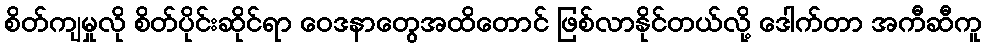
စိတ်ကျမှုလို စိတ်ပိုင်းဆိုင်ရာ ဝေဒနာတွေအထိတောင် ဖြစ်လာနိုင်တယ်လို့ ဒေါက်တာ အကီဆီကူ